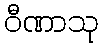
ဝီဏာသု